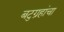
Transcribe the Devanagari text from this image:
बटुग्रहांचा